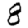
Digit: 8